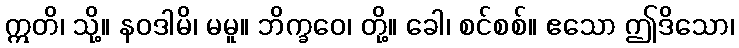
ဣတိ၊ သို့။ နဝဒါမိ၊ မမူ။ ဘိက္ခဝေ၊ တို့။ ခေါ၊ စင်စစ်။ ဧသော ဤဒိသော၊